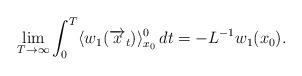
LaTeX: \begin{align*}\lim_{T\rightarrow\infty}\int_0^T\langle w_1(\overrightarrow{x}_t)\rangle_{x_0}^0\,dt=-L^{-1}w_1(x_0).\end{align*}